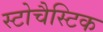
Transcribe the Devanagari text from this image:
स्टोचैस्टिक